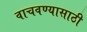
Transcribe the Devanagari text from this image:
वाचवण्‍यासाठी